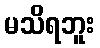
မသိရဘူး